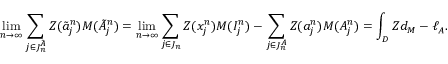
\operatorname* { l i m } _ { n \to \infty } \sum _ { j \in J _ { n } ^ { \tilde { A } } } Z ( \tilde { a } _ { j } ^ { n } ) M ( \tilde { A } _ { j } ^ { n } ) = \operatorname* { l i m } _ { n \to \infty } \sum _ { j \in J _ { n } } Z ( x _ { j } ^ { n } ) M ( I _ { j } ^ { n } ) - \sum _ { j \in J _ { n } ^ { A } } Z ( a _ { j } ^ { n } ) M ( A _ { j } ^ { n } ) = \int _ { D } Z d _ { M } - \ell _ { A } .